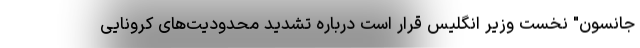
جانسون" نخست وزیر انگلیس قرار است درباره تشدید محدودیت‌های کرونایی